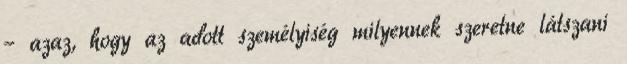
– azaz, hogy az adott személyiség milyennek szeretne látszani